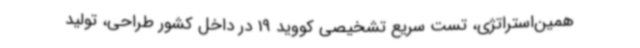
همین‌استراتژی، تست سریع تشخیصی کووید 19 در داخل کشور طراحی، تولید